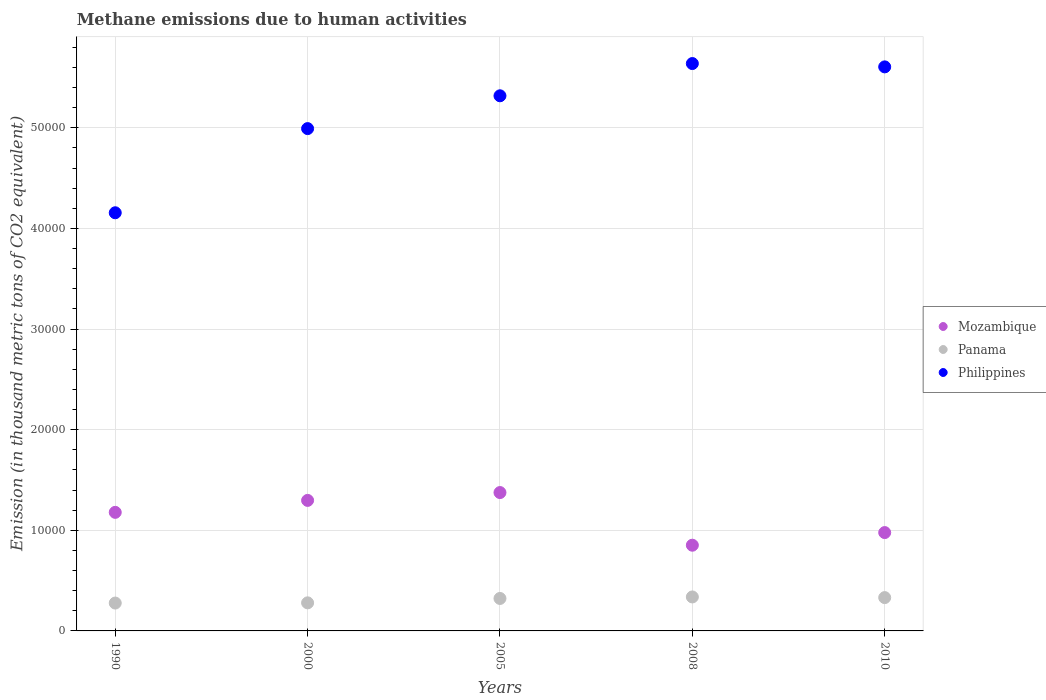
| Years | Mozambique | Panama | Philippines |
 | --- | --- | --- | --- |
 | 1990 | 1.18e+04 | 2.77e+03 | 4.16e+04 |
 | 2000 | 1.3e+04 | 2.79e+03 | 4.99e+04 |
 | 2005 | 1.37e+04 | 3.23e+03 | 5.32e+04 |
 | 2008 | 8.52e+03 | 3.38e+03 | 5.64e+04 |
 | 2010 | 9.77e+03 | 3.31e+03 | 5.6e+04 |